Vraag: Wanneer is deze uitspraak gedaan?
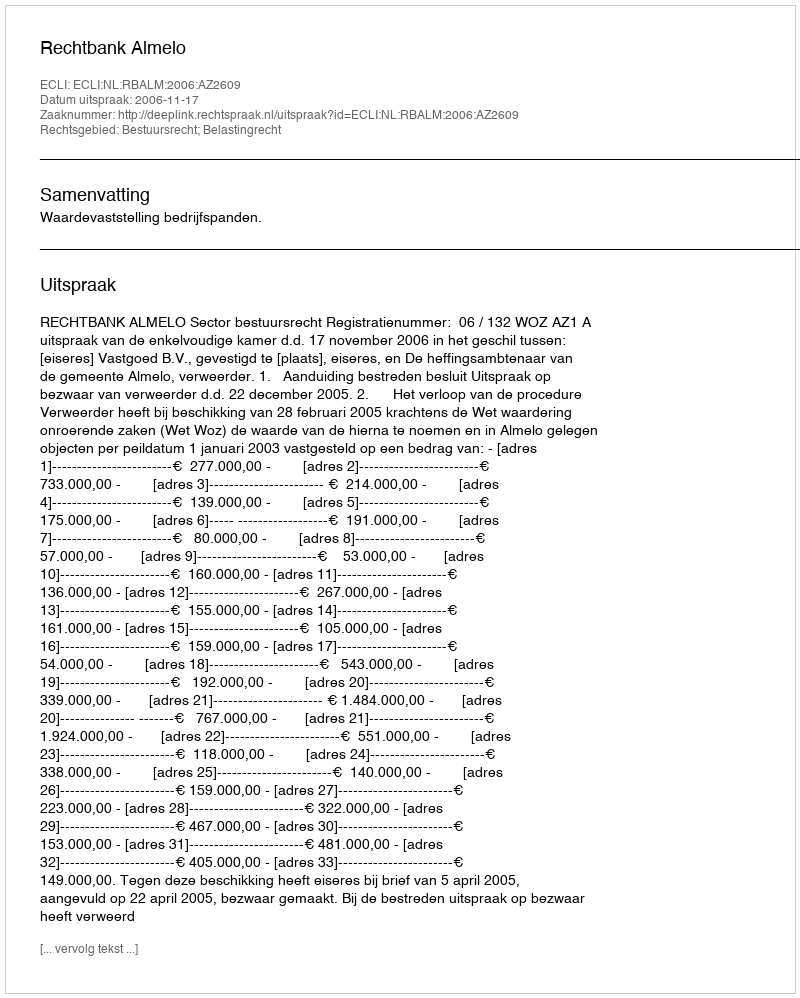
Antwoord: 2006-11-17